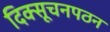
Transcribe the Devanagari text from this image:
दिक्सूचनपठन